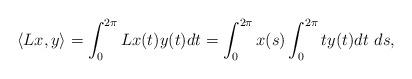
LaTeX: \begin{align*}\langle Lx, y \rangle = \int_{0}^{2\pi} Lx(t) y(t) dt = \int_{0}^{2\pi} x(s) \int_{0}^{2\pi} t y(t) dt ~ds,\end{align*}